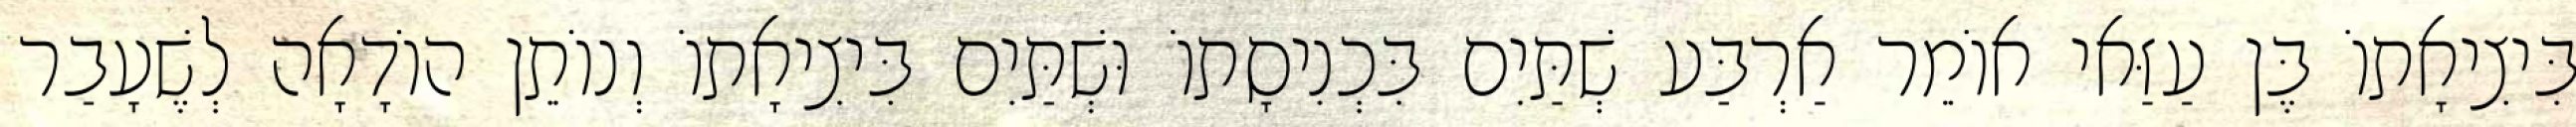
בִּיצִיאָתוֹ בֶּן עַזַּאי אוֹמֵר אַרְבַּע שְׁתַּיִם בִּכְנִיסָתוֹ וּשְׁתַּיִם בִּיצִיאָתוֹ וְנוֹתֵן הוֹדָאָה לְשֶׁעָבַר